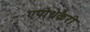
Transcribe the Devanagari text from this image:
एपोथेकैरी